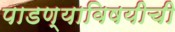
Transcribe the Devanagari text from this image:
पाडण्याविषयीची